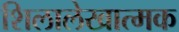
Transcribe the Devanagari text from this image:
शिलालेखात्‍मक